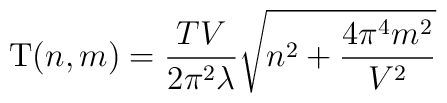
{\rm T}(n,m)= \frac{TV}{2\pi^2\lambda}\sqrt{n^2 +\frac{4\pi^4m^2}{V^2}}